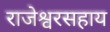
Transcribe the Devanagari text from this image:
राजेश्वरसहाय